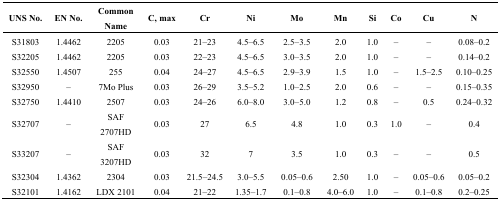
<table><thead><tr><td><b>UNS No.</b></td><td><b>EN No.</b></td><td><b>Common Name</b></td><td><b>C, max</b></td><td><b>Cr</b></td><td><b>Ni</b></td><td><b>Mo</b></td><td><b>Mn</b></td><td><b>Si</b></td><td><b>Co</b></td><td><b>Cu</b></td><td><b>N</b></td></tr></thead><tbody><tr><td>S31803</td><td>1.4462</td><td>2205</td><td>0.03</td><td>21–23</td><td>4.5–6.5</td><td>2.5–3.5</td><td>2.0</td><td>1.0</td><td>–</td><td>–</td><td>0.08–0.2</td></tr><tr><td>S32205</td><td>1.4462</td><td>2205</td><td>0.03</td><td>22–23</td><td>4.5–6.5</td><td>3.0–3.5</td><td>2.0</td><td>1.0</td><td>–</td><td>–</td><td>0.14–0.2</td></tr><tr><td>S32550</td><td>1.4507</td><td>255</td><td>0.04 </td><td>24–27</td><td>4.5–6.5</td><td>2.9–3.9</td><td>1.5</td><td>1.0</td><td>–</td><td>1.5–2.5</td><td>0.10–0.25</td></tr><tr><td>S32950</td><td>–</td><td>7Mo Plus</td><td>0.03</td><td>26–29</td><td>3.5–5.2</td><td>1.0–2.5</td><td>2.0</td><td>0.6</td><td>–</td><td>–</td><td>0.15–0.35</td></tr><tr><td>S32750</td><td>1.4410</td><td>2507</td><td>0.03</td><td>24–26</td><td>6.0–8.0</td><td>3.0–5.0</td><td>1.2</td><td>0.8</td><td>–</td><td>0.5</td><td>0.24–0.32</td></tr><tr><td>S32707</td><td>–</td><td>SAF 2707HD</td><td>0.03</td><td>27</td><td>6.5</td><td>4.8</td><td>1.0</td><td>0.3</td><td>1.0</td><td>–</td><td>0.4</td></tr><tr><td>S33207</td><td>–</td><td>SAF 3207HD</td><td>0.03</td><td>32</td><td>7</td><td>3.5</td><td>1.0</td><td>0.3</td><td>–</td><td>–</td><td>0.5</td></tr><tr><td>S32304</td><td>1.4362</td><td>2304</td><td>0.03</td><td>21.5–24.5</td><td>3.0–5.5</td><td>0.05–0.6</td><td>2.50</td><td>1.0</td><td>–</td><td>0.05–0.6</td><td>0.05–0.2</td></tr><tr><td>S32101</td><td>1.4162</td><td>LDX 2101</td><td>0.04</td><td>21–22</td><td>1.35–1.7</td><td>0.1–0.8</td><td>4.0–6.0</td><td>1.0</td><td>–</td><td>0.1–0.8</td><td>0.2–0.25</td></tr></tbody></table>